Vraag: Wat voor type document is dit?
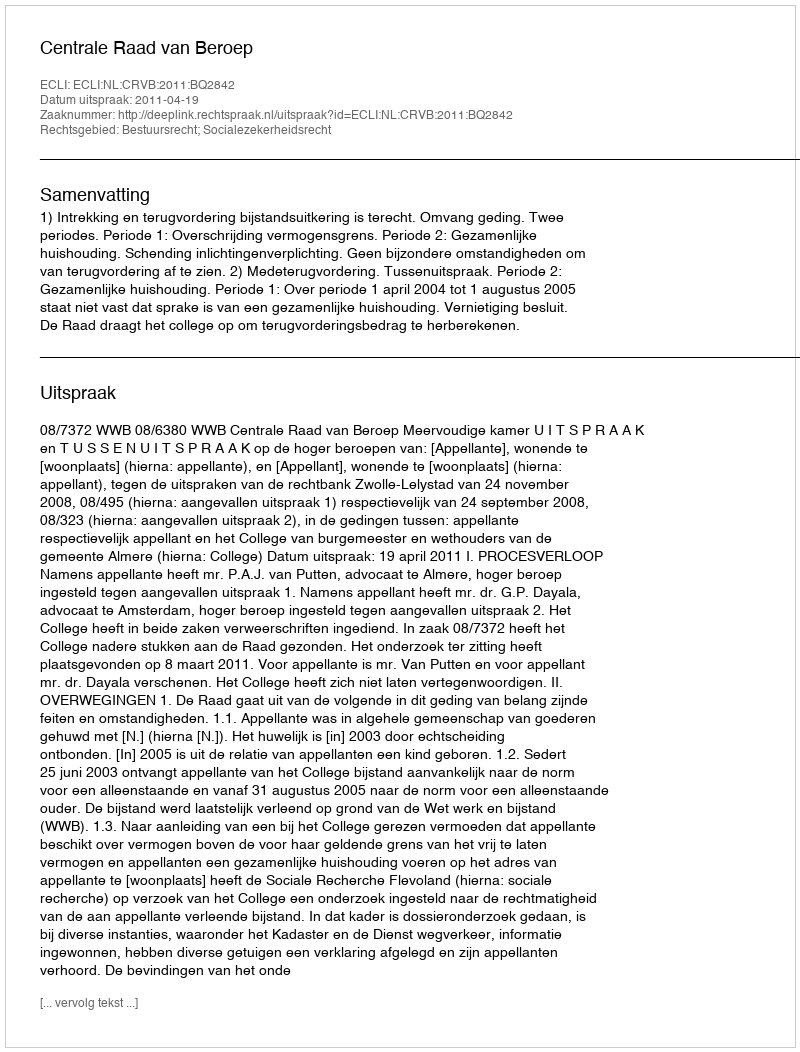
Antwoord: Uitspraak